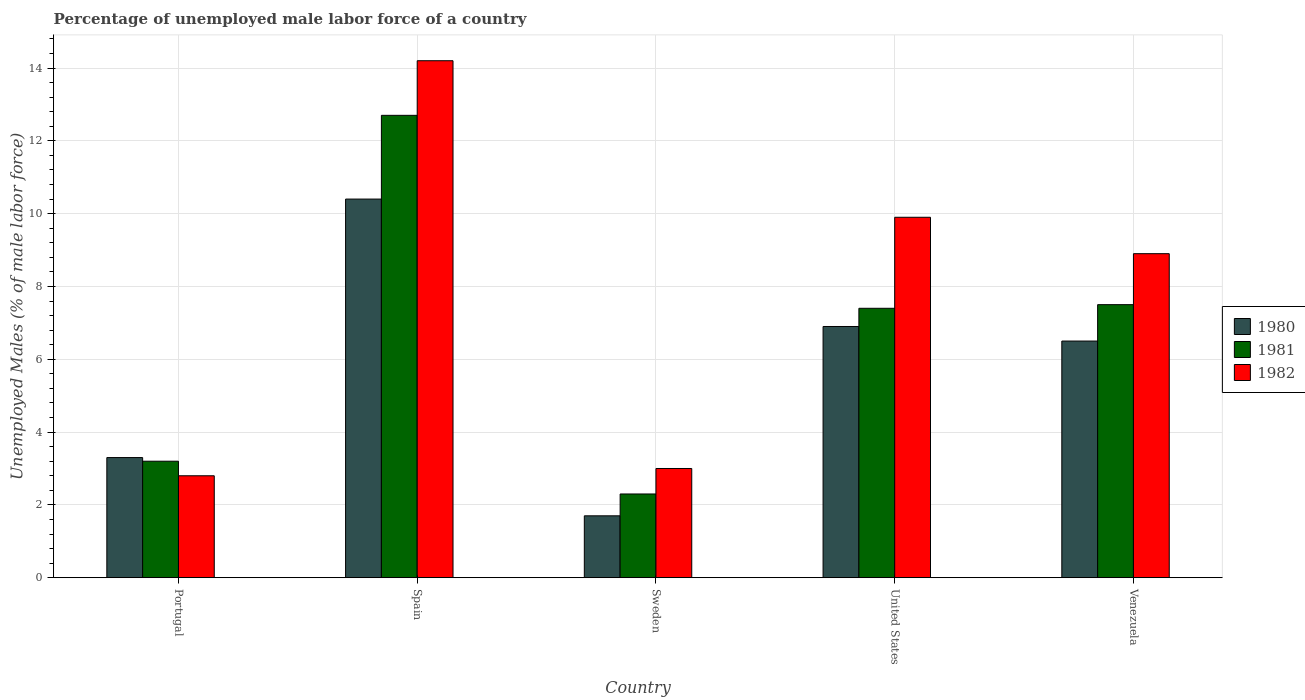
| Country | 1980 | 1981 | 1982 |
 | --- | --- | --- | --- |
 | Portugal | 3.3 | 3.2 | 2.8 |
 | Spain | 10.4 | 12.7 | 14.2 |
 | Sweden | 1.7 | 2.3 | 3 |
 | United States | 6.9 | 7.4 | 9.9 |
 | Venezuela | 6.5 | 7.5 | 8.9 |